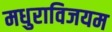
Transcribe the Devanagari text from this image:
मधुराविजयम